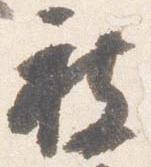
被